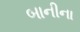
બાનીના